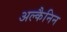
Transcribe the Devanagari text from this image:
अल्कैनिन